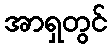
အာရှတွင်